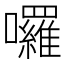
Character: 囉